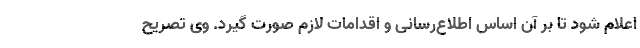
اعلام شود تا بر آن اساس اطلاع‌رسانی و اقدامات لازم صورت گیرد. وی تصریح